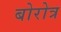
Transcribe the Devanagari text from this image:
बोरोत्र